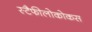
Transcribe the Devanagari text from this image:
स्टैफीलोकोकस